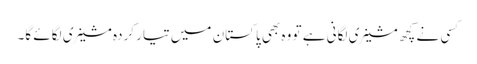
کسی نے کچھ مشینری لگانی ہے تو وہ بھی پاکستان میں تیار کردہ مشینری لگائے گا۔